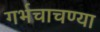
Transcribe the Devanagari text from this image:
गर्भचाचण्या